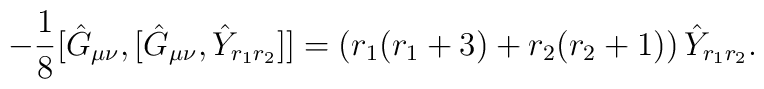
-\frac{1}{8}[\hat{G}_{\mu\nu},[\hat{G}_{\mu\nu},\hat{Y}_{r_{1}r_{2}}]]=\left(r_{1}(r_{1}+3)+r_{2}(r_{2}+1)\right)\hat{Y}_{r_{1}r_{2}}.